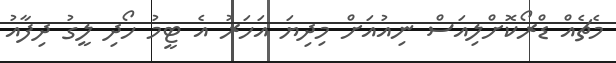
މެޗެއް ޑްރޯކޮށްލިއަސް ނިއުއަށް މިދިޔަ އަހަރު އެ ޓީމު ހޯދި ލީގު ދިފާއު